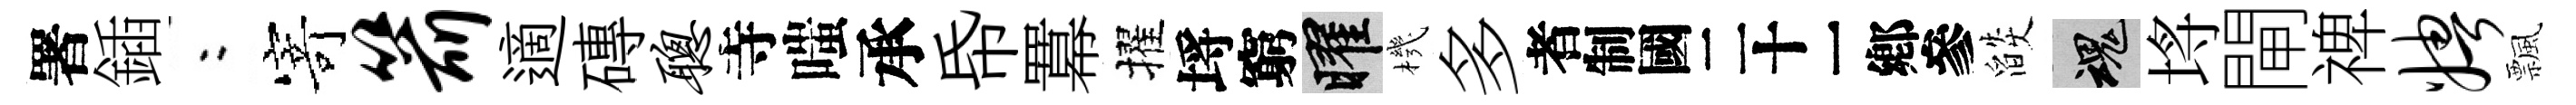
署鍤欸𭔃箭適磚聪寺嗤承帋羃擢埓窮曜機多识燄魂埓閘禆娉飄